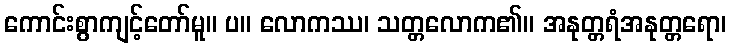
ကောင်းစွာကျင့်တော်မူ။ ပ။ လောကဿ၊ သတ္တလောက၏။ အနုတ္တရံအနုတ္တရော၊